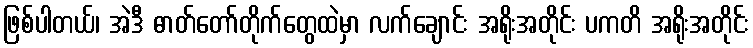
ဖြစ်ပါတယ်၊ အဲဒီ ဓာတ်တော်တိုက်တွေထဲမှာ လက်ချောင်း အရိုးအတိုင်း ပကတိ အရိုးအတိုင်း